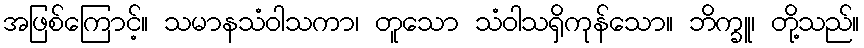
အဖြစ်ကြောင့်။ သမာနသံဝါသကာ၊ တူသော သံဝါသရှိကုန်သော။ ဘိက္ခူ၊ တို့သည်။